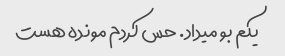
یکم بو میداد. حس کردم مونده هست